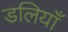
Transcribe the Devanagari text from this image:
डलियाँ